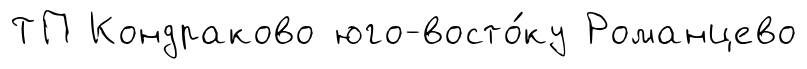
ТП Кондраково юго-восто́ку Романцево